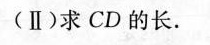
(Ⅱ)求CD的长。